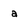
Character: a